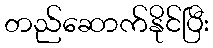
တည်ဆောက်နိုင်ပြီး